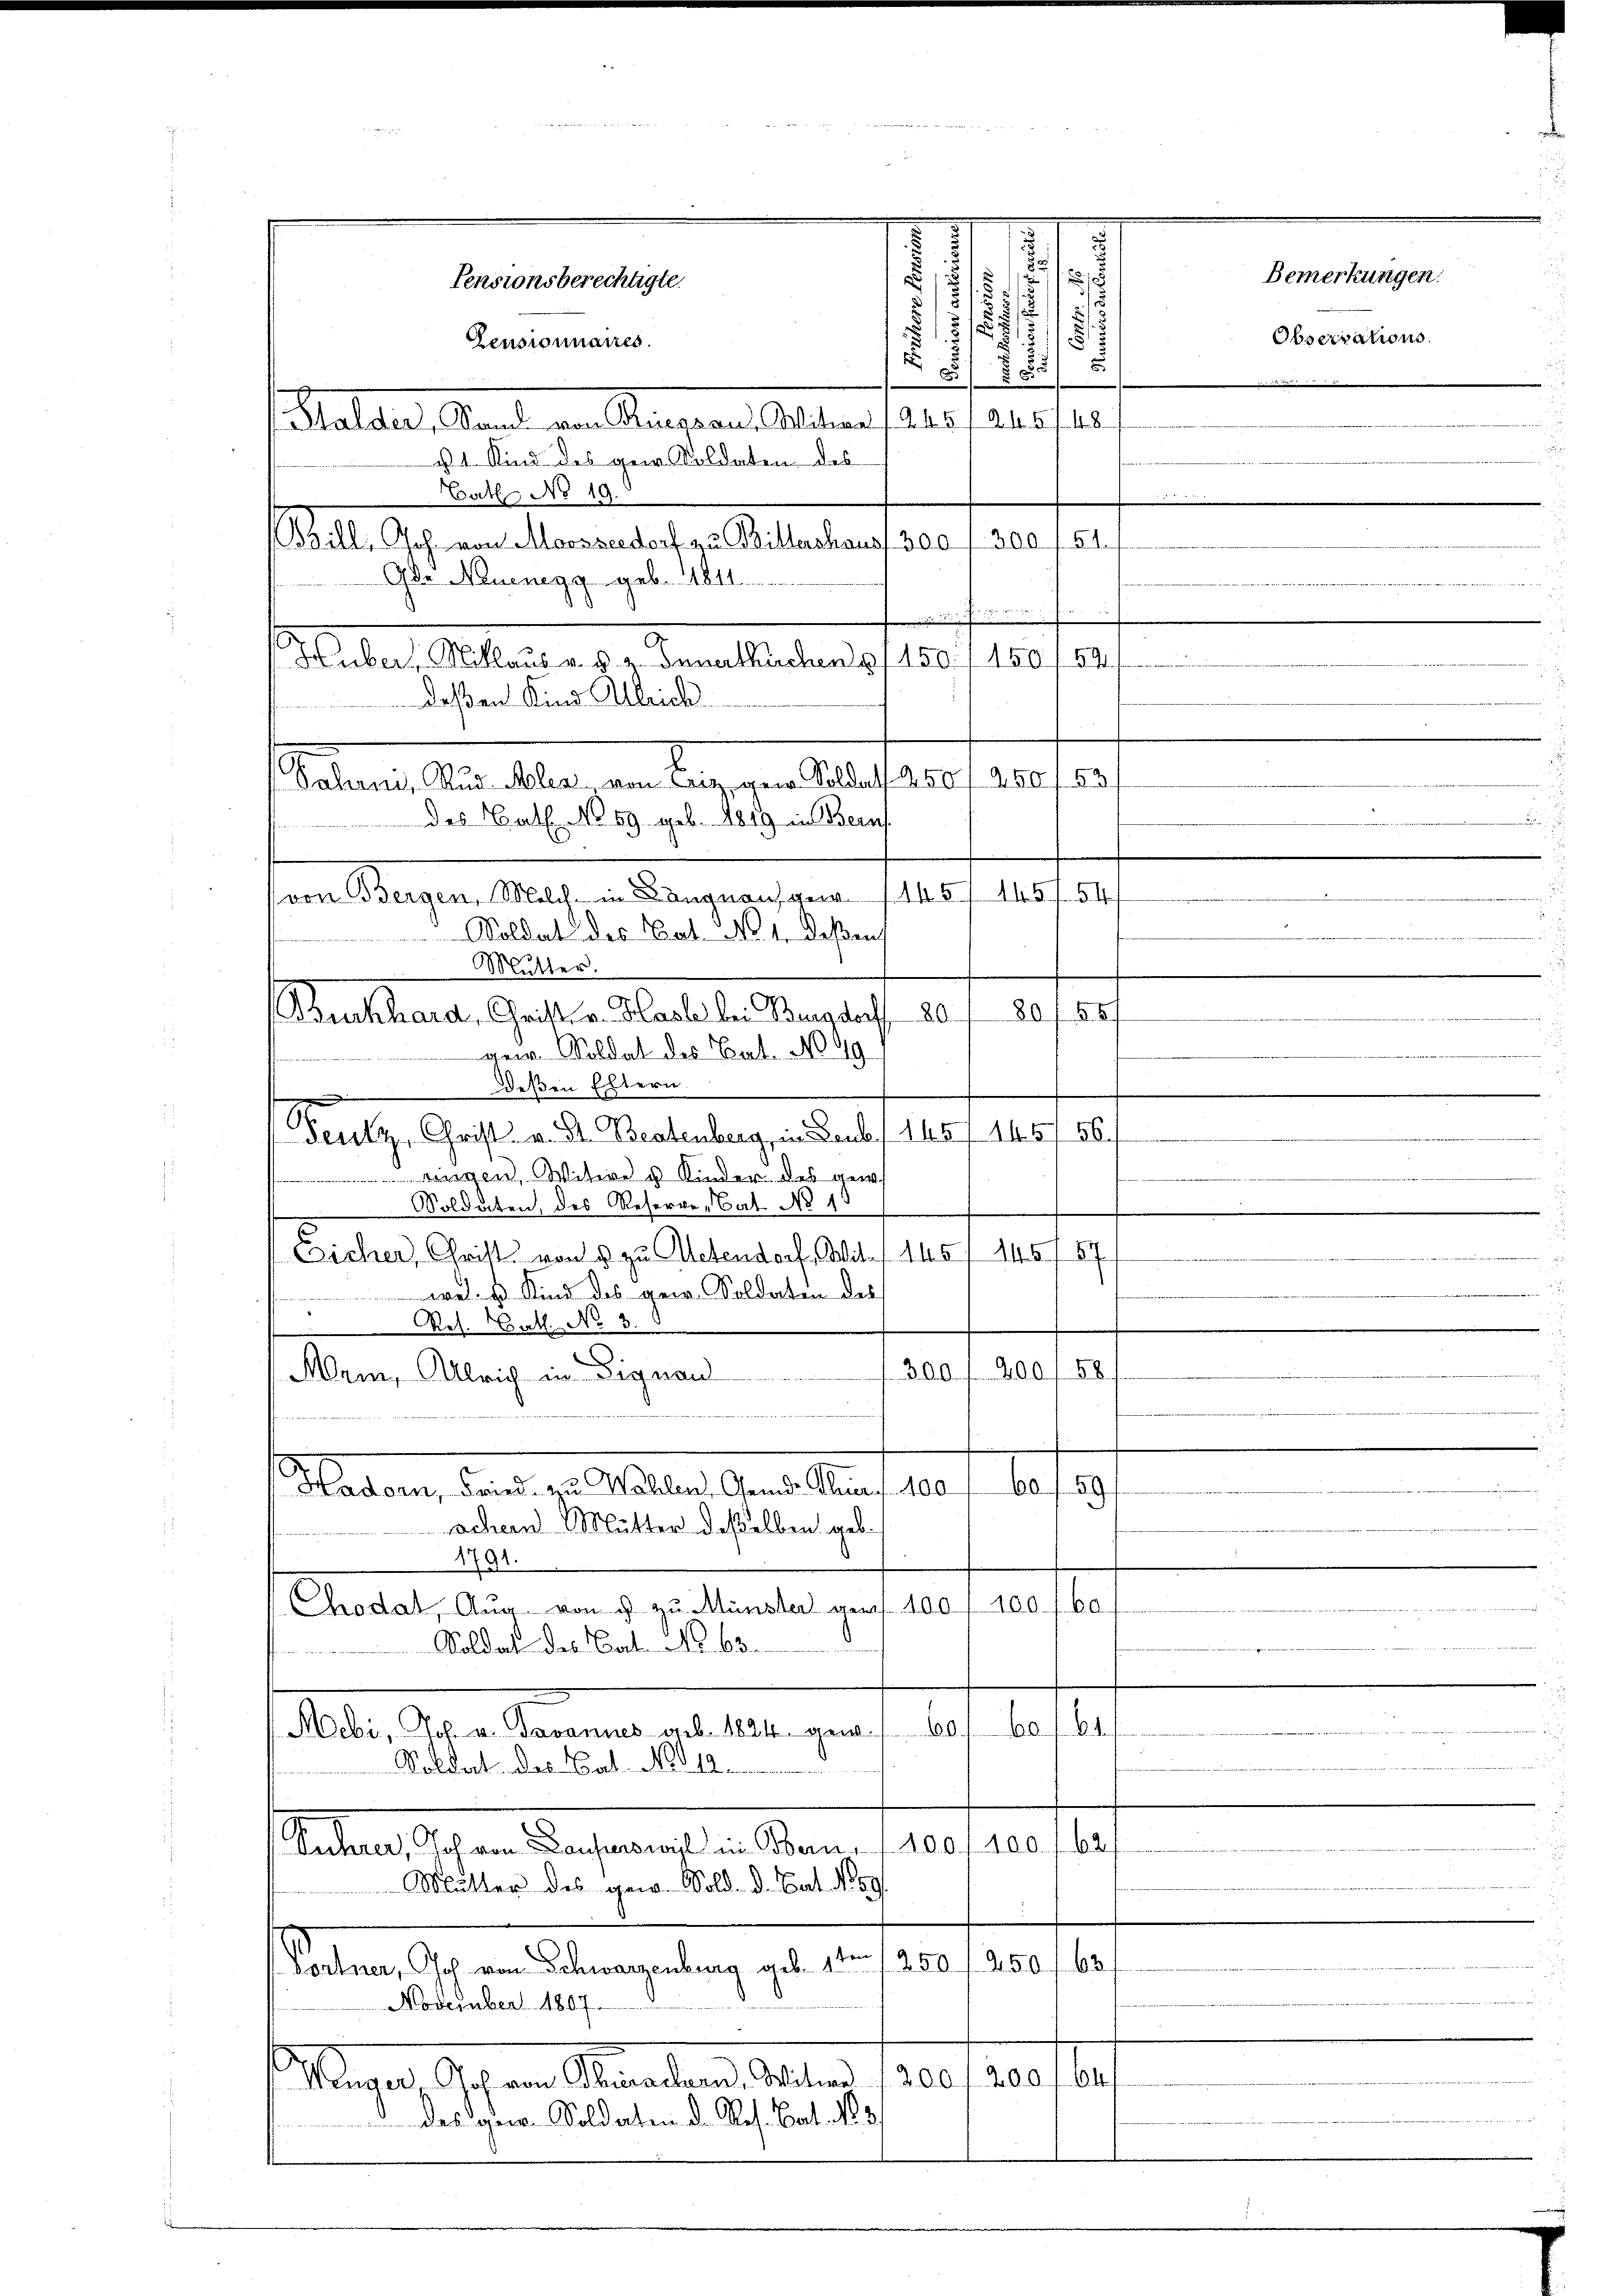
S

Pensionsberechtigte.

Zeusionnaires.
48
Walder, Stand am Kaisen. Altern f 218, 225
u 1. Kind des geer. Soldaten des
Bath No 19.
(ill, Joh. von Moossedorf zu Billershaus, 300 f 300 f 51
Ade Neuenegg geb. 1811.

.
Huber, Kollaus v. d. 2. Innertkuchen 8 f 150 f 150 /52/
deßen Kind Alleich
Solante Statte, an Betragen Male ferne 20 f 0
des Bat. No 69 geb. 1819 in Bern
von Bergen, Melch in Langnausges. 1451. 145 f. 54
Soldat des Cat. No. 1. Deßen
Mutter.
(Burkhard, Christ v. Hasle bei Burgdorff 80. 180 f. 1881
gem. Soldat des Bat. No 49
deßen Eltern
deutz, Christ v. St. Bestenberg, in Laub, 1657. 1457 56.
e
gen, Witwe u Kinder des ger
Soldaten, des Reserve-Bat. No 13
Eicher, Christ von 5 zu Oetendorf, Wit- 1451 145
8
wel- u Kind des gew. Soldaten des
Res. Hat No. 5.
58.
300 f 200
Mein, Ulrich in Signau
.
Mladen, den zu halten Gener Monat 180 f. 1819.
achen Mutter deßelben geb.
1791.
Chodat, Aug. von d zu Münster von 100 f 100 f. 60
Soldat des Cat. Nr. 63.
10.
.
0
Mebi, Jos. v. Javannes geb. 1824. gew.
Soldat des Mal No 12.
2
Kehrer, Joh. von Lauferswil in Bern, 1100 f 400.
Mutter des gew. Sold. d. Bat. N. 89
63.
Vontner, Joh. von Schwarzenburg geb. 1ten, 250 f. 250
November 1807.
tinen Orten Stunden Mater 180. 120 l.
d das gew. Soldaten d. Res. Bat. N. 3

.
88
2
1
5
 2f 5 x

Bemerkungen.
Observations.

unserer